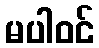
မပါဝင်